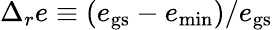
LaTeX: \Delta_{r}e\equiv(e_{{\mathrm{gs}}}-e_{{\mathrm{min}}})/e_{{\mathrm{gs}}}